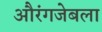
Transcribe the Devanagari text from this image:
औरंगजेबला